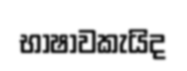
භාෂාවකැයිද